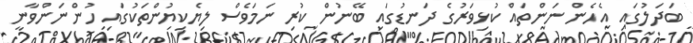
ބަދަލުގައި އެހެން ނަންތައް ކުޅިވަރުގެ ދަނޑުގައި ބޭނުން ކުރި ނަމަވެސް ލިޔެކިޔުންތަކުގައި ހުންނަންވާނީ